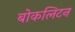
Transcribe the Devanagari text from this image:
बोकलिटन